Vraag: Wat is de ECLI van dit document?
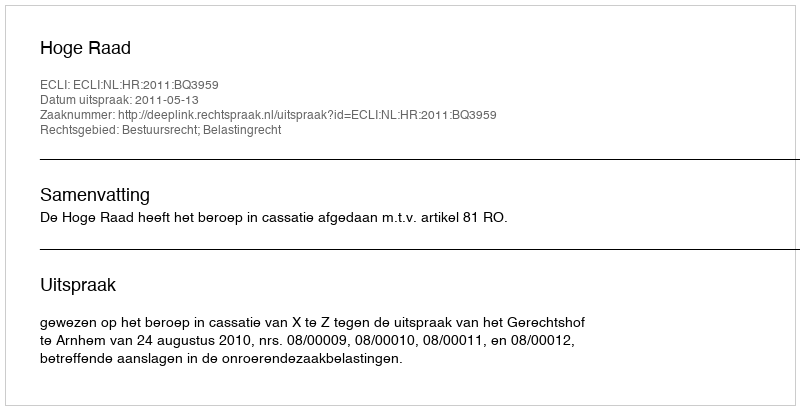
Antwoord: ECLI:NL:HR:2011:BQ3959